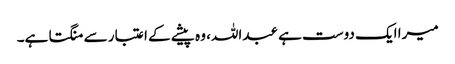
میرا ایک دوست ہے عبداللہ، وہ پیشے کے اعتبار سے منگتا ہے۔